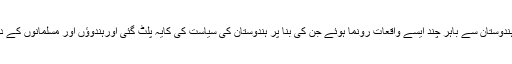
مگر بیسویں صدی کے اوائل میں ہندوستان کے اندر اور ہندوستان سے باہر چند ایسے واقعات رونما ہوئے جن کی بنا پر ہندوستان کی سیاست کی کایہ پلٹ گئی اورہندوؤں اور مسلمانوں کے درمیان مفاہمت پیدا ہونے کے لیے حالات سازگار ہو ئے۔